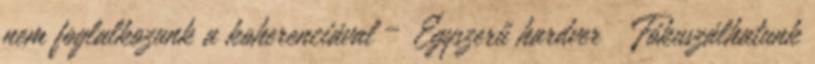
nem foglalkozunk a koherenciával – Egyszerű hardver ● Fókuszálhatunk